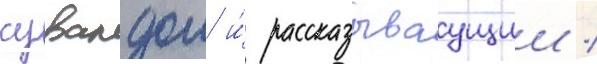
кувалдои и́ рассказываущии /